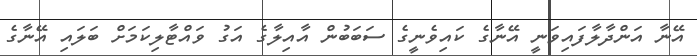
އޭނާ އަންދާލާފައިވަނީ އޭނާގެ ކައިވެނީގެ ސަބަބުން އާއިލާގެ އަގު ވައްޓާލިކަމަށް ބަލައި އޭނާގެ